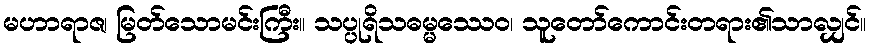
မဟာရာဇ၊ မြတ်သောမင်းကြီး။ သပ္ပုရိသဓမ္မဿေဝ၊ သူတော်ကောင်းတရား၏သာလျှင်။